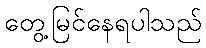
တွေ့မြင်နေရပါသည်